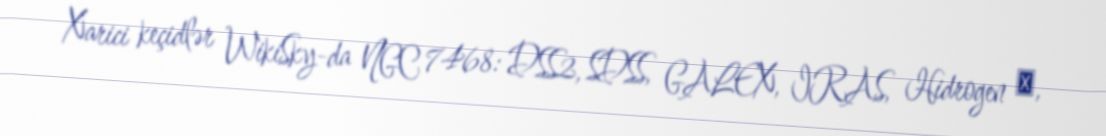
Xarici keçidlər WikiSky-da NGC 7468: DSS2, SDSS, GALEX, IRAS, Hidrogen α,